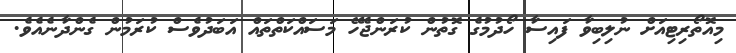
މިއޮތޯރިޓިއަށް ނުލިބިވާ ފައިސާ ހޯދުމުގެ ގޮތުން ކުރަންޖެހޭ މަސައްކަތްތައް އަބަދުވެސް ކުރަމުން ގެންދާނެއެވެ.